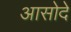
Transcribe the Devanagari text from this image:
आसोदे